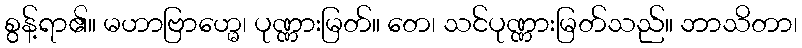
စွန့်ရာ၏။ မဟာဗြာဟ္မေ၊ ပုဏ္ဏားမြတ်။ တေ၊ သင်ပုဏ္ဏားမြတ်သည်။ ဘာသိတာ၊